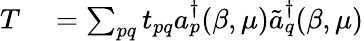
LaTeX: \begin{array}{rl}{T}&{{}=\sum_{pq}t_{pq}a_{p}^{\dagger}(\beta,\mu)\tilde{a}_{q}^{\dagger}(\beta,\mu)}\end{array}